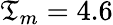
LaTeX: \mathfrak{T}_{m}=4.6